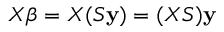
X { \boldsymbol { \beta } } = X ( S \mathbf { y } ) = ( X S ) \mathbf { y }